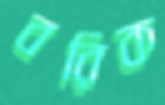
বরিক